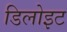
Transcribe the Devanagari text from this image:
डिलोइट